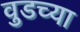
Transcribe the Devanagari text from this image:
वुडच्या